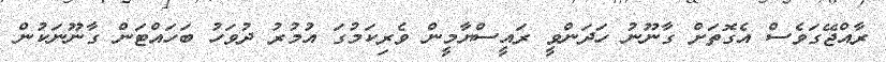
ރާއްޖޭގަވެސް އެގޮތަށް ގާނޫނު ހަދަންވީ ރައީސްޔާމީން ވެރިކަމުގަ އުމުރު ދުވަހު ބަހައްޓަން ގާނޫނަކުން